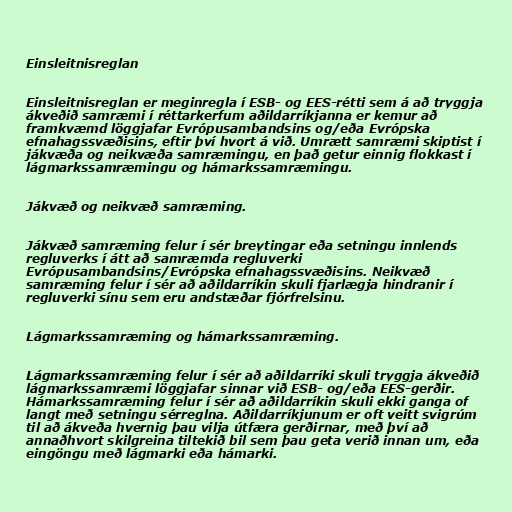
Einsleitnisreglan

Einsleitnisreglan er meginregla í ESB- og EES-rétti sem á að tryggja
ákveðið samræmi í réttarkerfum aðildarríkjanna er kemur að
framkvæmd löggjafar Evrópusambandsins og/eða Evrópska
efnahagssvæðisins, eftir því hvort á við. Umrætt samræmi skiptist í
jákvæða og neikvæða samræmingu, en það getur einnig flokkast í
lágmarkssamræmingu og hámarkssamræmingu.

Jákvæð og neikvæð samræming.

Jákvæð samræming felur í sér breytingar eða setningu innlends
regluverks í átt að samræmda regluverki
Evrópusambandsins/Evrópska efnahagssvæðisins. Neikvæð
samræming felur í sér að aðildarríkin skuli fjarlægja hindranir í
regluverki sínu sem eru andstæðar fjórfrelsinu.

Lágmarkssamræming og hámarkssamræming.

Lágmarkssamræming felur í sér að aðildarríki skuli tryggja ákveðið
lágmarkssamræmi löggjafar sinnar við ESB- og/eða EES-gerðir.
Hámarkssamræming felur í sér að aðildarríkin skuli ekki ganga of
langt með setningu sérreglna. Aðildarríkjunum er oft veitt svigrúm
til að ákveða hvernig þau vilja útfæra gerðirnar, með því að
annaðhvort skilgreina tiltekið bil sem þau geta verið innan um, eða
eingöngu með lágmarki eða hámarki.